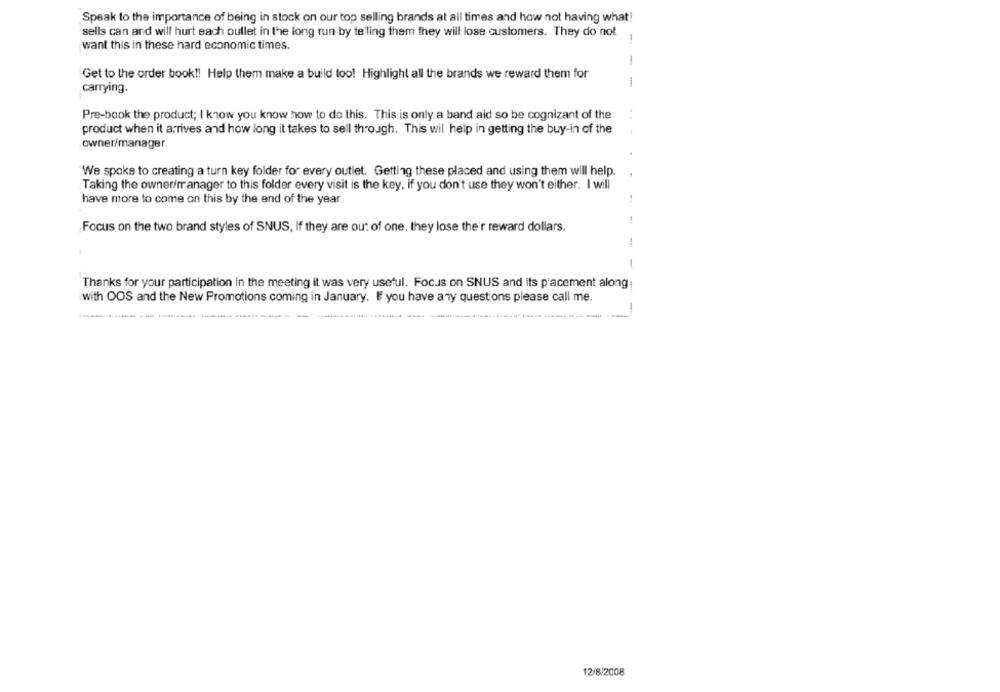
Speak to the importance of being in stock on our top selling brands at all times and how not having what!
sells can and will hurt each oullet in the long run by telling them they will lose customers. They do not
-
want this in these hard economic times.
-
Get to the order book !! Help them make a build too! Highlight all the brands we reward them for
-
carrying.
Pre-book the product; I know you know how to do this. This is only a band aid so be cognizant of the
product when it arrives and how long it takes to sell through. This wil help in getting the buy-in of the
owner/manager.
"We spoke to creating a turn key folder for every outlet. Getting these placed and using them will help.
Taking the owner/manager to this folder every visit is the key, if you don't use they won't either. I will
have more to come on this by the end of the year.
Focus on the two brand styles of SNUS, If they are out of one, they lose the'r reward dollars.
-
-
Thanks for your participation in the meeting it was very useful. Focus on SNUS and its p'acement along
with OOS and the New Promotions coming in January. If you have any questions please call me.
-
12/8/2008